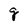
Character: g